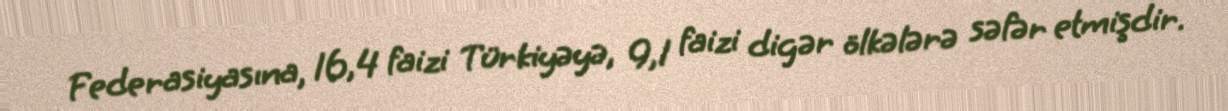
Federasiyasına, 16,4 faizi Türkiyəyə, 9,1 faizi digər ölkələrə səfər etmişdir.